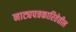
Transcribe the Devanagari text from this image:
नाट्यपत्रकारितेतील